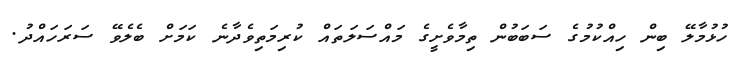
ހުޅުމާލޭ ބިން ހިއްކުމުގެ ސަބަބުން ތިމާވެށީގެ މައްސަލަތައް ކުރިމަތިވެދާނެ ކަމަށް ބެލެވޭ ސަރަހައްދު.